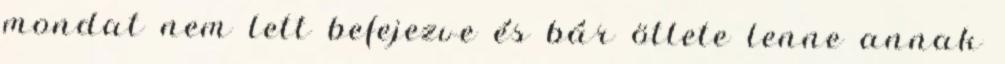
mondat nem lett befejezve és bár ötlete lenne annak